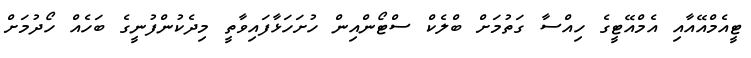
ޓީއެމްއޭއާއި އެމްއޭޓީގެ ހިއްސާ ގަތުމަށް ބްލެކް ސްޓޯންއިން ހުށަހަޅާފައިވާތީ މިދެކުންފުނީގެ ބަހެއް ހޯދުމަށް